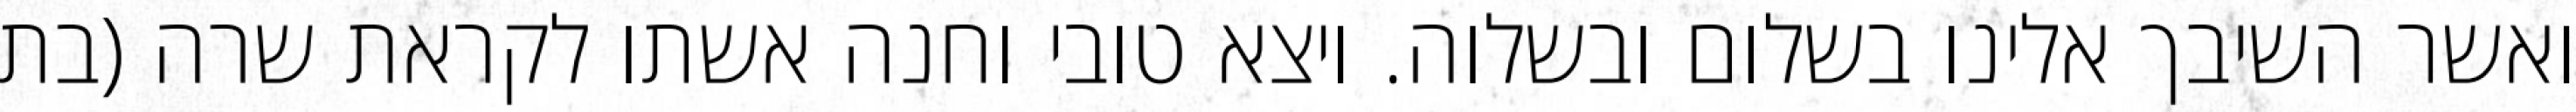
ואשר השיבך אלינו בשלום ובשלוה. ויצא טובי וחנה אשתו לקראת שרה (בת